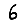
Digit: 6